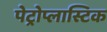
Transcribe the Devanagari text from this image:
पेट्रोप्लास्टिक